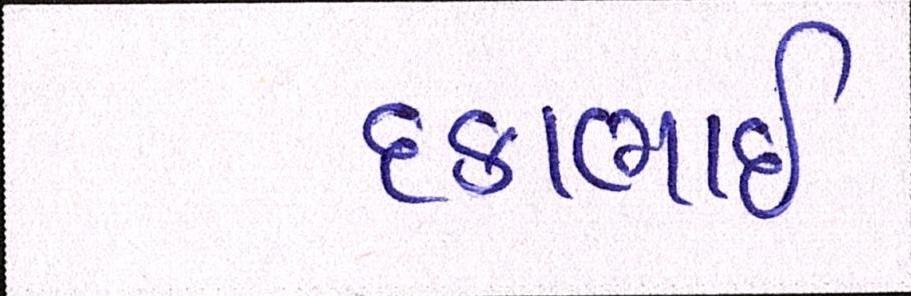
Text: દકાભાઈ